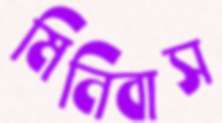
মিনিবাস